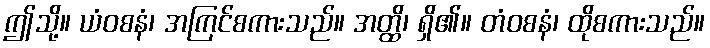
ဤသို့။ ယံဝစနံ၊ အကြင်စကားသည်။ အတ္ထိ၊ ရှိ၏။ တံဝစနံ၊ ထိုစကားသည်။